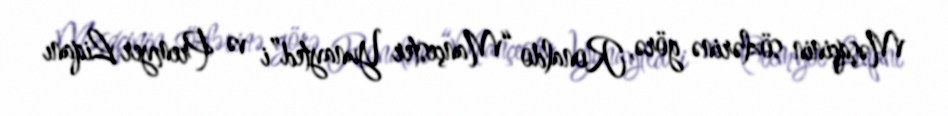
Məşqçinin sözlərinə görə, Ronaldo “Mançester Yunayted”i və Premyer Liqanı